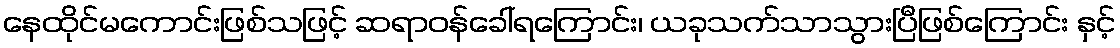
နေထိုင်မကောင်းဖြစ်သဖြင့် ဆရာဝန်ခေါ်ရကြောင်း၊ ယခုသက်သာသွားပြီဖြစ်ကြောင်း နှင့်